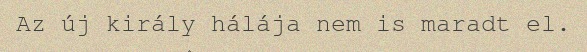
Az új király hálája nem is maradt el.